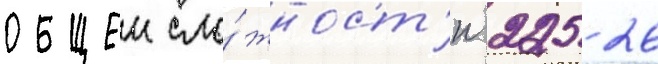
общеи сло́жност'и 225 26